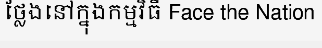
ថ្លែងនៅក្នុងកម្មវិធី Face the Nation